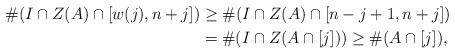
\begin{align*} \#(I \cap Z(A) \cap [w(j), n+j]) &\geq \#(I \cap Z(A) \cap [n-j+1, n+j])\\ &= \#(I \cap Z(A \cap [j])) \geq \#(A \cap [j]),\end{align*}